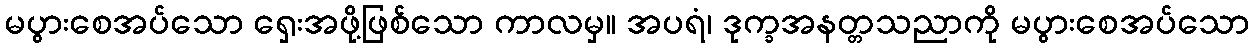
မပွားစေအပ်သော ရှေးအဖို့ဖြစ်သော ကာလမှ။ အပရံ၊ ဒုက္ခအနတ္တသညာကို မပွားစေအပ်သော